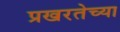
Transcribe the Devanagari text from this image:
प्रखरतेच्या